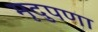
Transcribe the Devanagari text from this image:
मृदुपणा